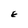
Character: E